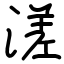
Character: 溠